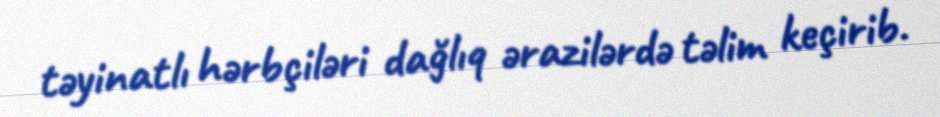
təyinatlı hərbçiləri dağlıq ərazilərdə təlim keçirib.